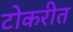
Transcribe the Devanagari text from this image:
टोकरीत